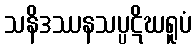
သနိဒဿနသပ္ပဋိဃရူပံ